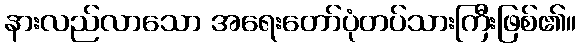
နားလည်လာသော အရေးတော်ပုံတပ်သားကြီးဖြစ်၏။